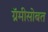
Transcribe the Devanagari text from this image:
ग्रॅमीसोबत